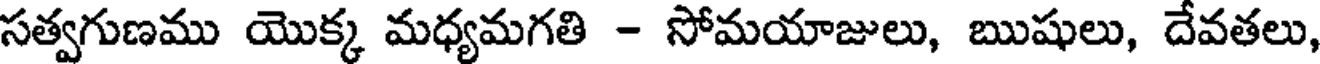
సత్వగుణము యొక్క మధ్యమగతి - సోమయాజులు, ఋషులు, దేవతలు,